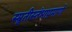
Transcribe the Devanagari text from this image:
स्म्रुतीस्तंभाप्रमाणे